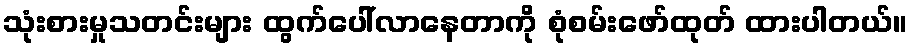
သုံးစားမှုသတင်းများ ထွက်ပေါ်လာနေတာကို စုံစမ်းဖော်ထုတ် ထားပါတယ်။